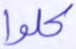
كلوا